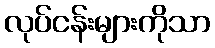
လုပ်ငန်းများကိုသာ